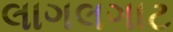
લાગલગાટ